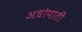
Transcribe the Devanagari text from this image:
अधोपाती